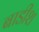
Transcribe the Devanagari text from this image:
बाडीश